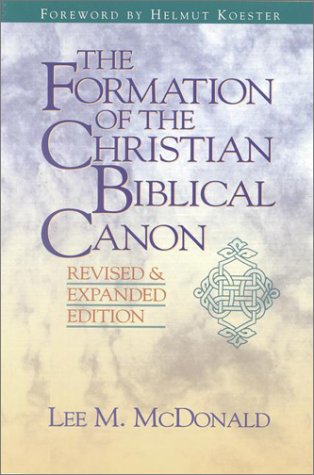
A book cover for The Formation of the Christian Biblical Canon; Lee Martin McDonald; Christian Books & Bibles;